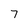
Character: 7